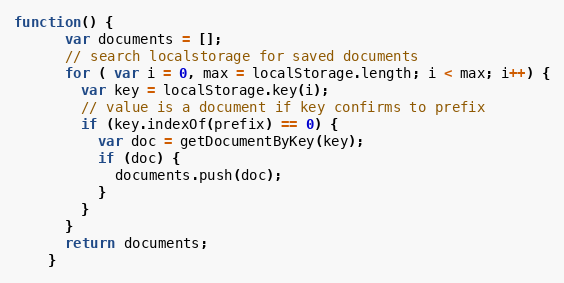
Language: JavaScript
function() {
      var documents = [];
      // search localstorage for saved documents
      for ( var i = 0, max = localStorage.length; i < max; i++) {
        var key = localStorage.key(i);
        // value is a document if key confirms to prefix
        if (key.indexOf(prefix) == 0) {
          var doc = getDocumentByKey(key);
          if (doc) {
            documents.push(doc);
          }
        }
      }
      return documents;
    }